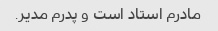
مادرم استاد است و پدرم مدیر.